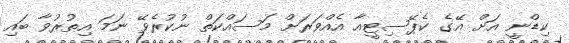
ކިޑްނީ އަށް އޭގެ ކެޕޭސިޓީއާ އެއްވަރަށް މަސައްކަތް ނުކުރެވޭ ނަމަ އިތުރުވާ ބައި